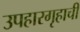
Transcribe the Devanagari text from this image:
उपहारगृहाची